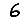
Digit: 6